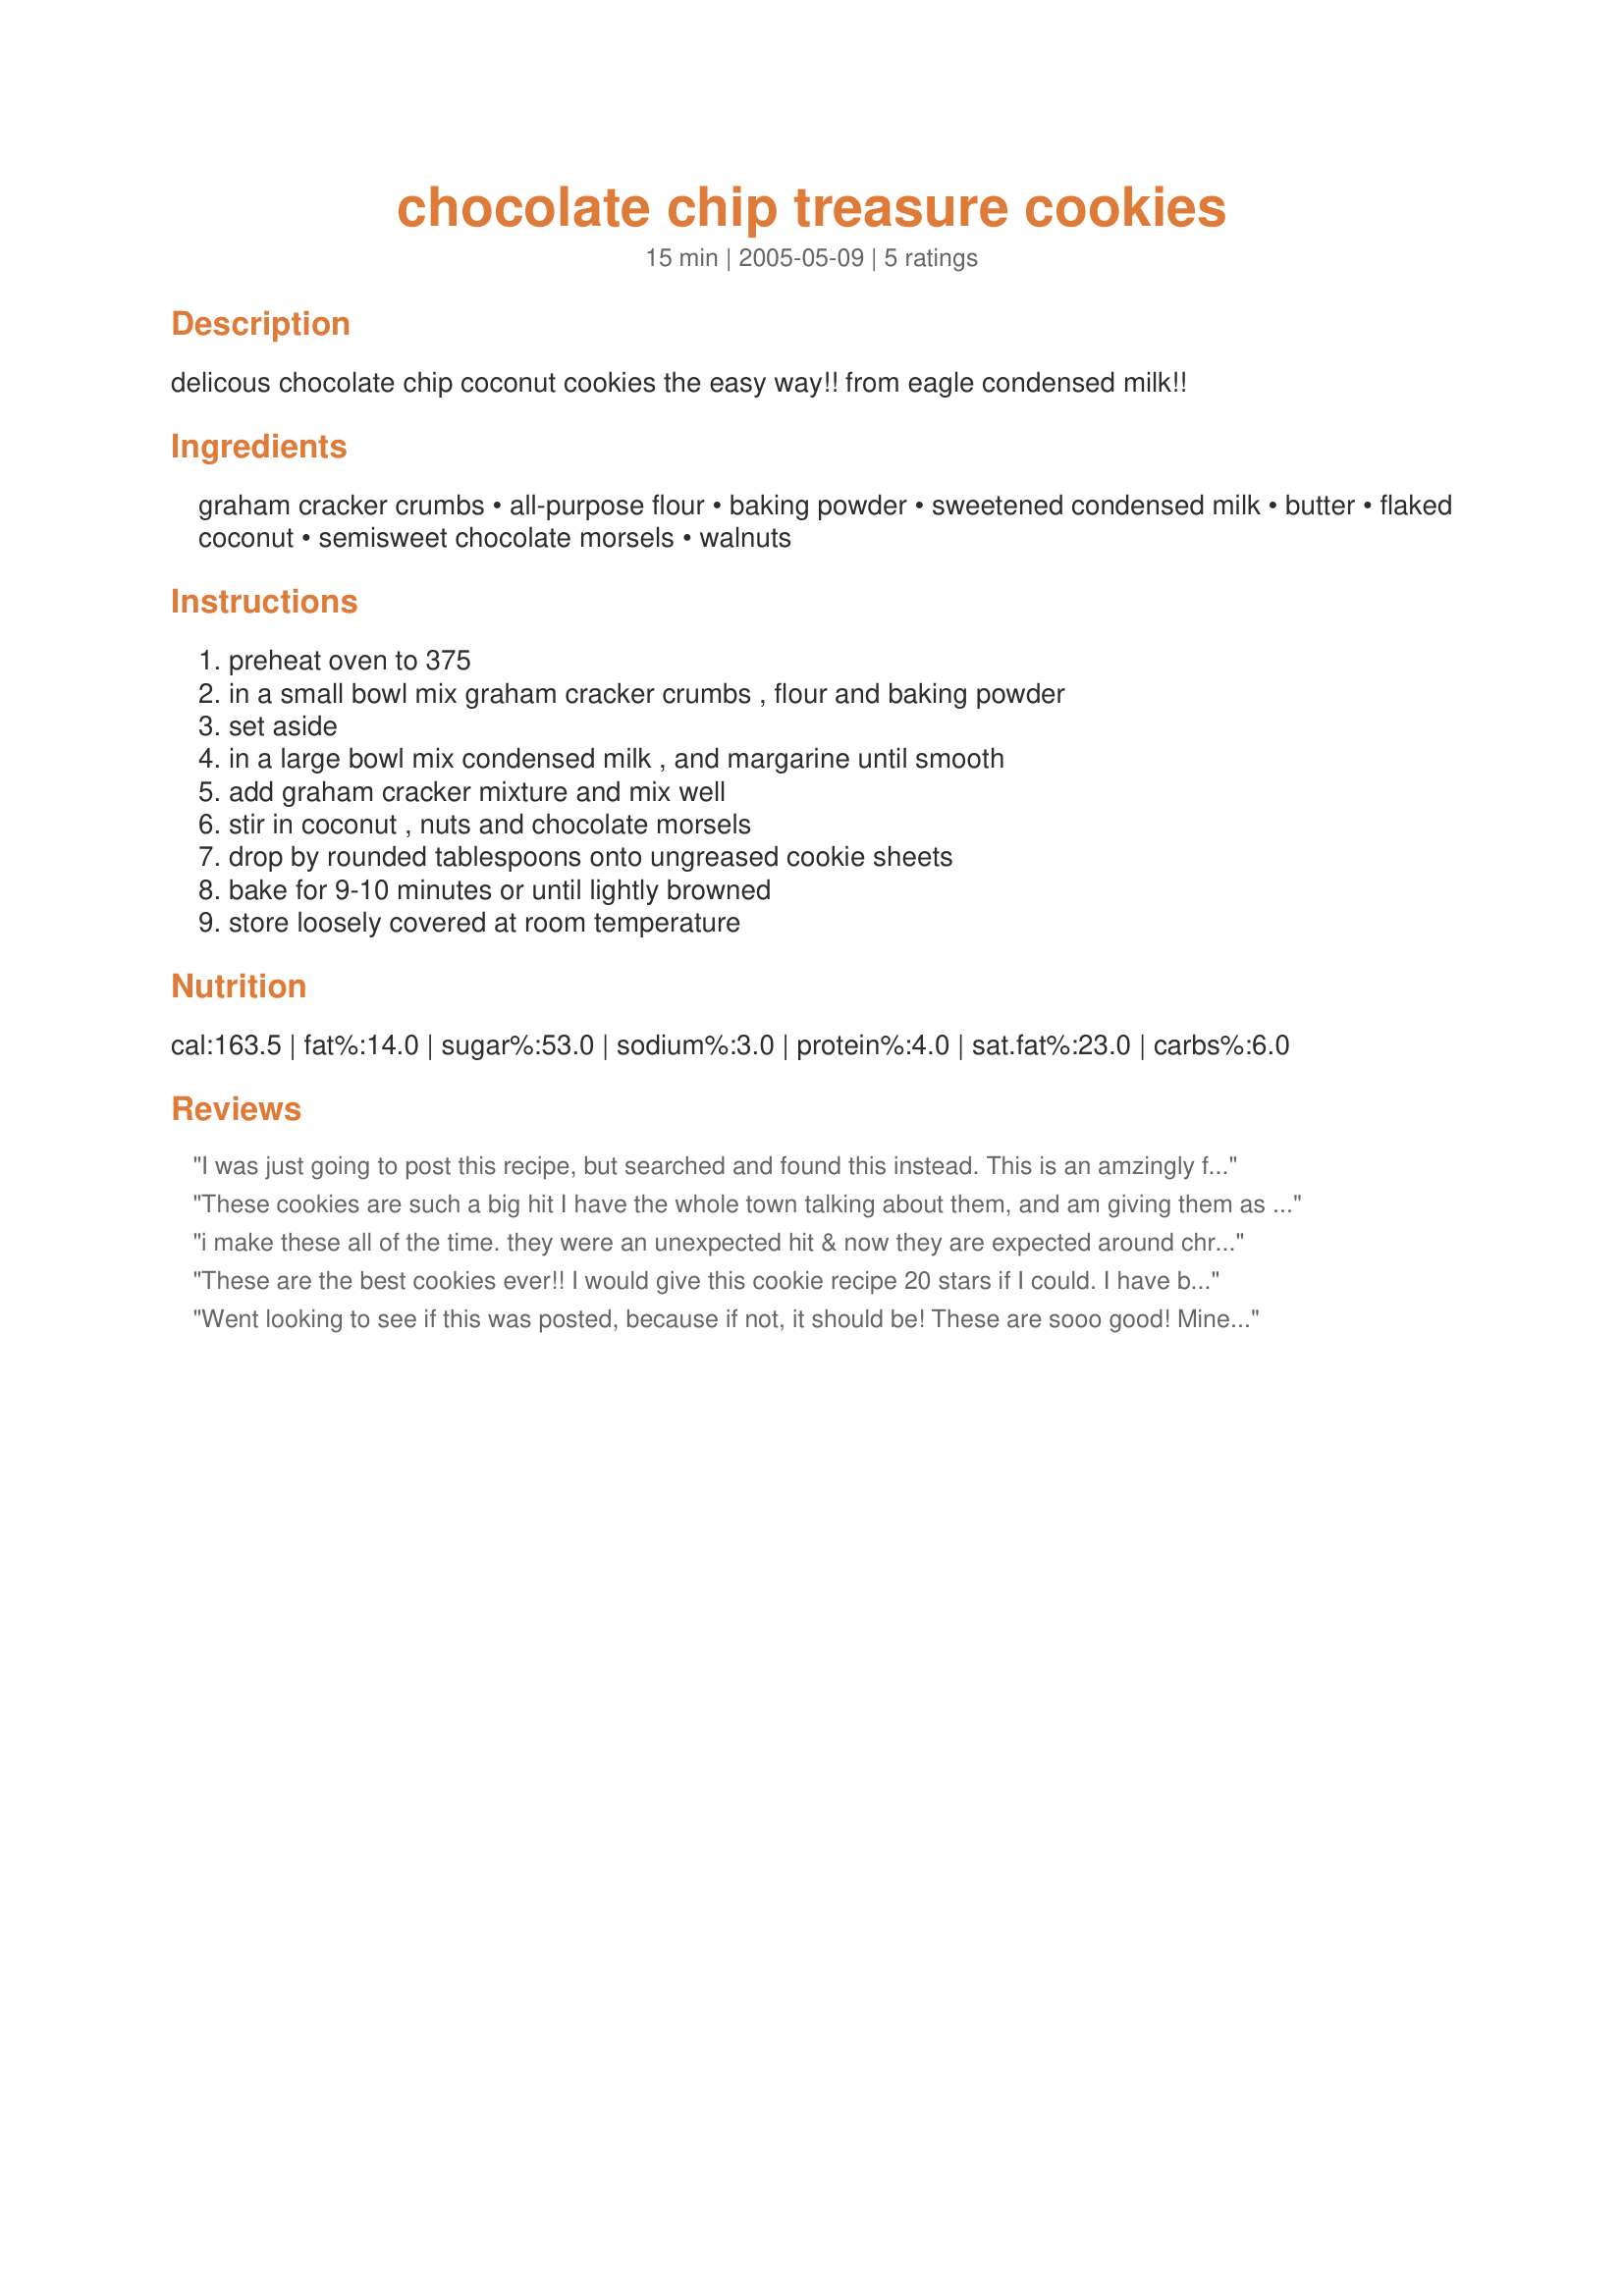
chocolate chip treasure cookies
Preparation time: 15 minutes

delicous chocolate chip coconut cookies the easy way!! from eagle condensed milk!!

Ingredients:
graham cracker crumbs, all-purpose flour, baking powder, sweetened condensed milk, butter, flaked coconut, semisweet chocolate morsels, walnuts

Steps:
preheat oven to 375, in a small bowl mix graham cracker crumbs , flour and baking powder, set aside, in a large bowl mix condensed milk , and margarine until smooth, add graham cracker mixture and mix well, stir in coconut , nuts and chocolate morsels, drop by rounded tablespoons onto ungreased cookie sheets, bake for 9-10 minutes or until lightly browned, store loosely covered at room temperature

Reviews:
I was just going to post this recipe, but searched and found this instead. This is an amzingly full flavor, sweet cookie. Kind of like a 7 layer bar in cookie form. YUM!!!!!
These cookies are such a big hit I have the whole town talking about them, and am giving them as gifts! They are the best cookies on the planet, and as a bonus, you can eat the dough! It has no egg.
i make these all of the time. they were an unexpected hit & now they are expected around christmas!
These are the best cookies ever!! I would give this cookie recipe 20 stars if I could. I have been making them every Christmas for years now. Even people that do not like coconut have tried them and ended up loving them! When I explain the ingredients to people they think I am making "Hello Dolly" bars but these, to me, are so much better since all the ingredients are blended together! The only thing different that I use is pecans instead of walnuts just because I am inudated with pecans since I have several pecan trees in my yard!
Went looking to see if this was posted, because if not, it should be! These are sooo good! Mine come out light and slightly crispy (for some reason mine flatten out more than the pic on the Eagle brand website show) The bottoms actually look kinda burnt, but they don't taste like it! I took them to work today and everyone loved them. These are a must try cookie!
